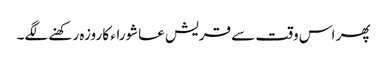
پھر اس وقت سے قریش عاشوراء کا روزہ رکھنے لگے۔